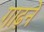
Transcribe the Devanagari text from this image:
गाढ़ने